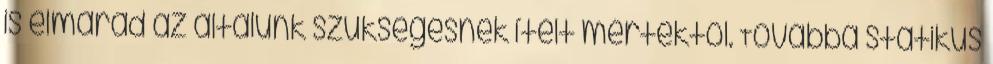
is elmarad az általunk szükségesnek ítélt mértéktől. Továbbá statikus